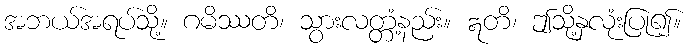
အဘယ်အရပ်သို့။ ဂမိဿတိ၊ သွားလတ္တံ့နည်း။ ဣတိ၊ ဤသို့နှလုံးပြု၍။